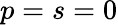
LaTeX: p=s=0